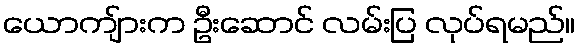
ယောကျ်ားက ဦးဆောင် လမ်းပြ လုပ်ရမည်။